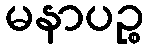
မနာပဉ္စ